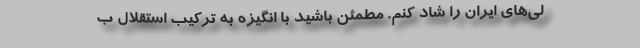
لی‌های ایران را شاد کنم. مطمئن باشید با انگیزه به ترکیب استقلال ب